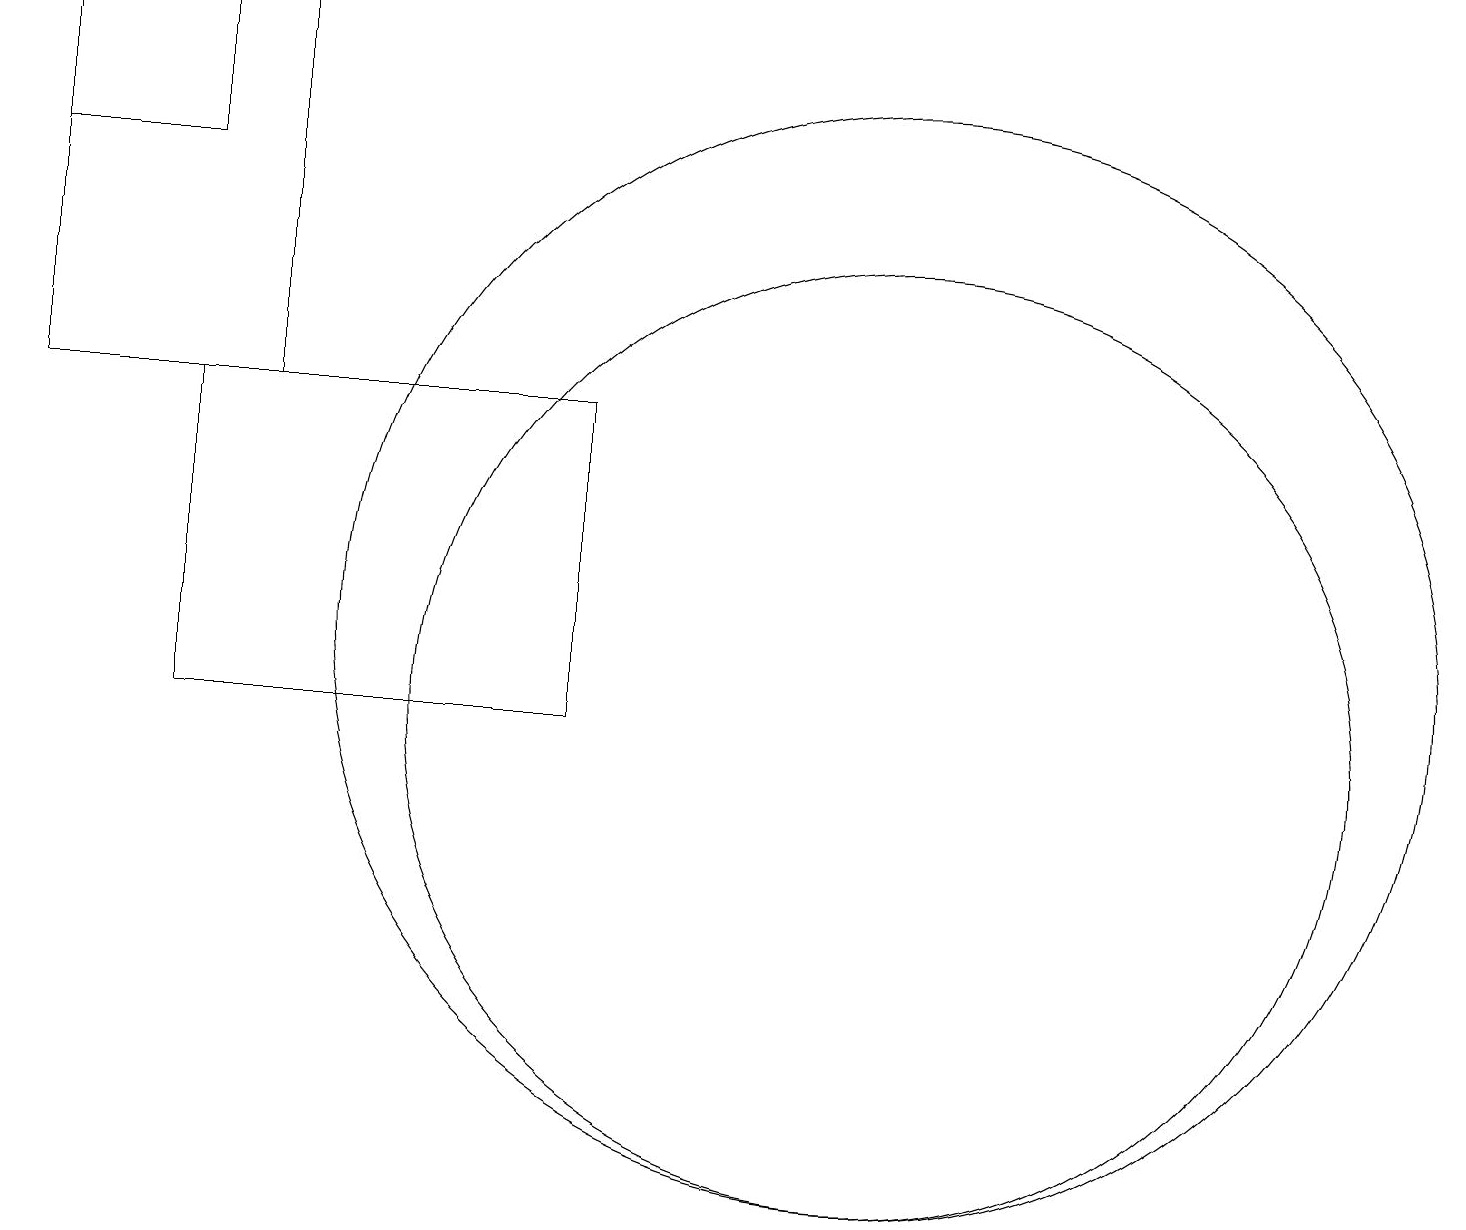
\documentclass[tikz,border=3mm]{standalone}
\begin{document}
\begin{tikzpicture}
\draw (0,14) rectangle (3,19);
\draw (2,10) rectangle (7,14);
\draw (11,11) circle (7);
\draw (11,10) circle (6);
\draw (0,17) rectangle (2,19);
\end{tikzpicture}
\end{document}